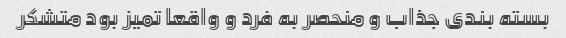
بسته بندی جذاب و منحصر به فرد و واقعا تمیز بود متشکر